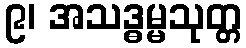
၉၊ အသဒ္ဓမ္မသုတ္တ